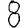
Digit: 8